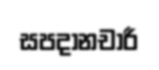
සපදානචාරී